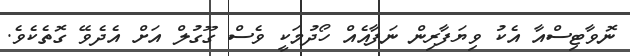
ނޮވާޓިސްއާ އެކު ވިޔަފާރިން ނަފާއެއް ހޯދުމަކީ ވެސް ގޫގުލް އަށް އެދެވޭ ގޮތެކެވެ.